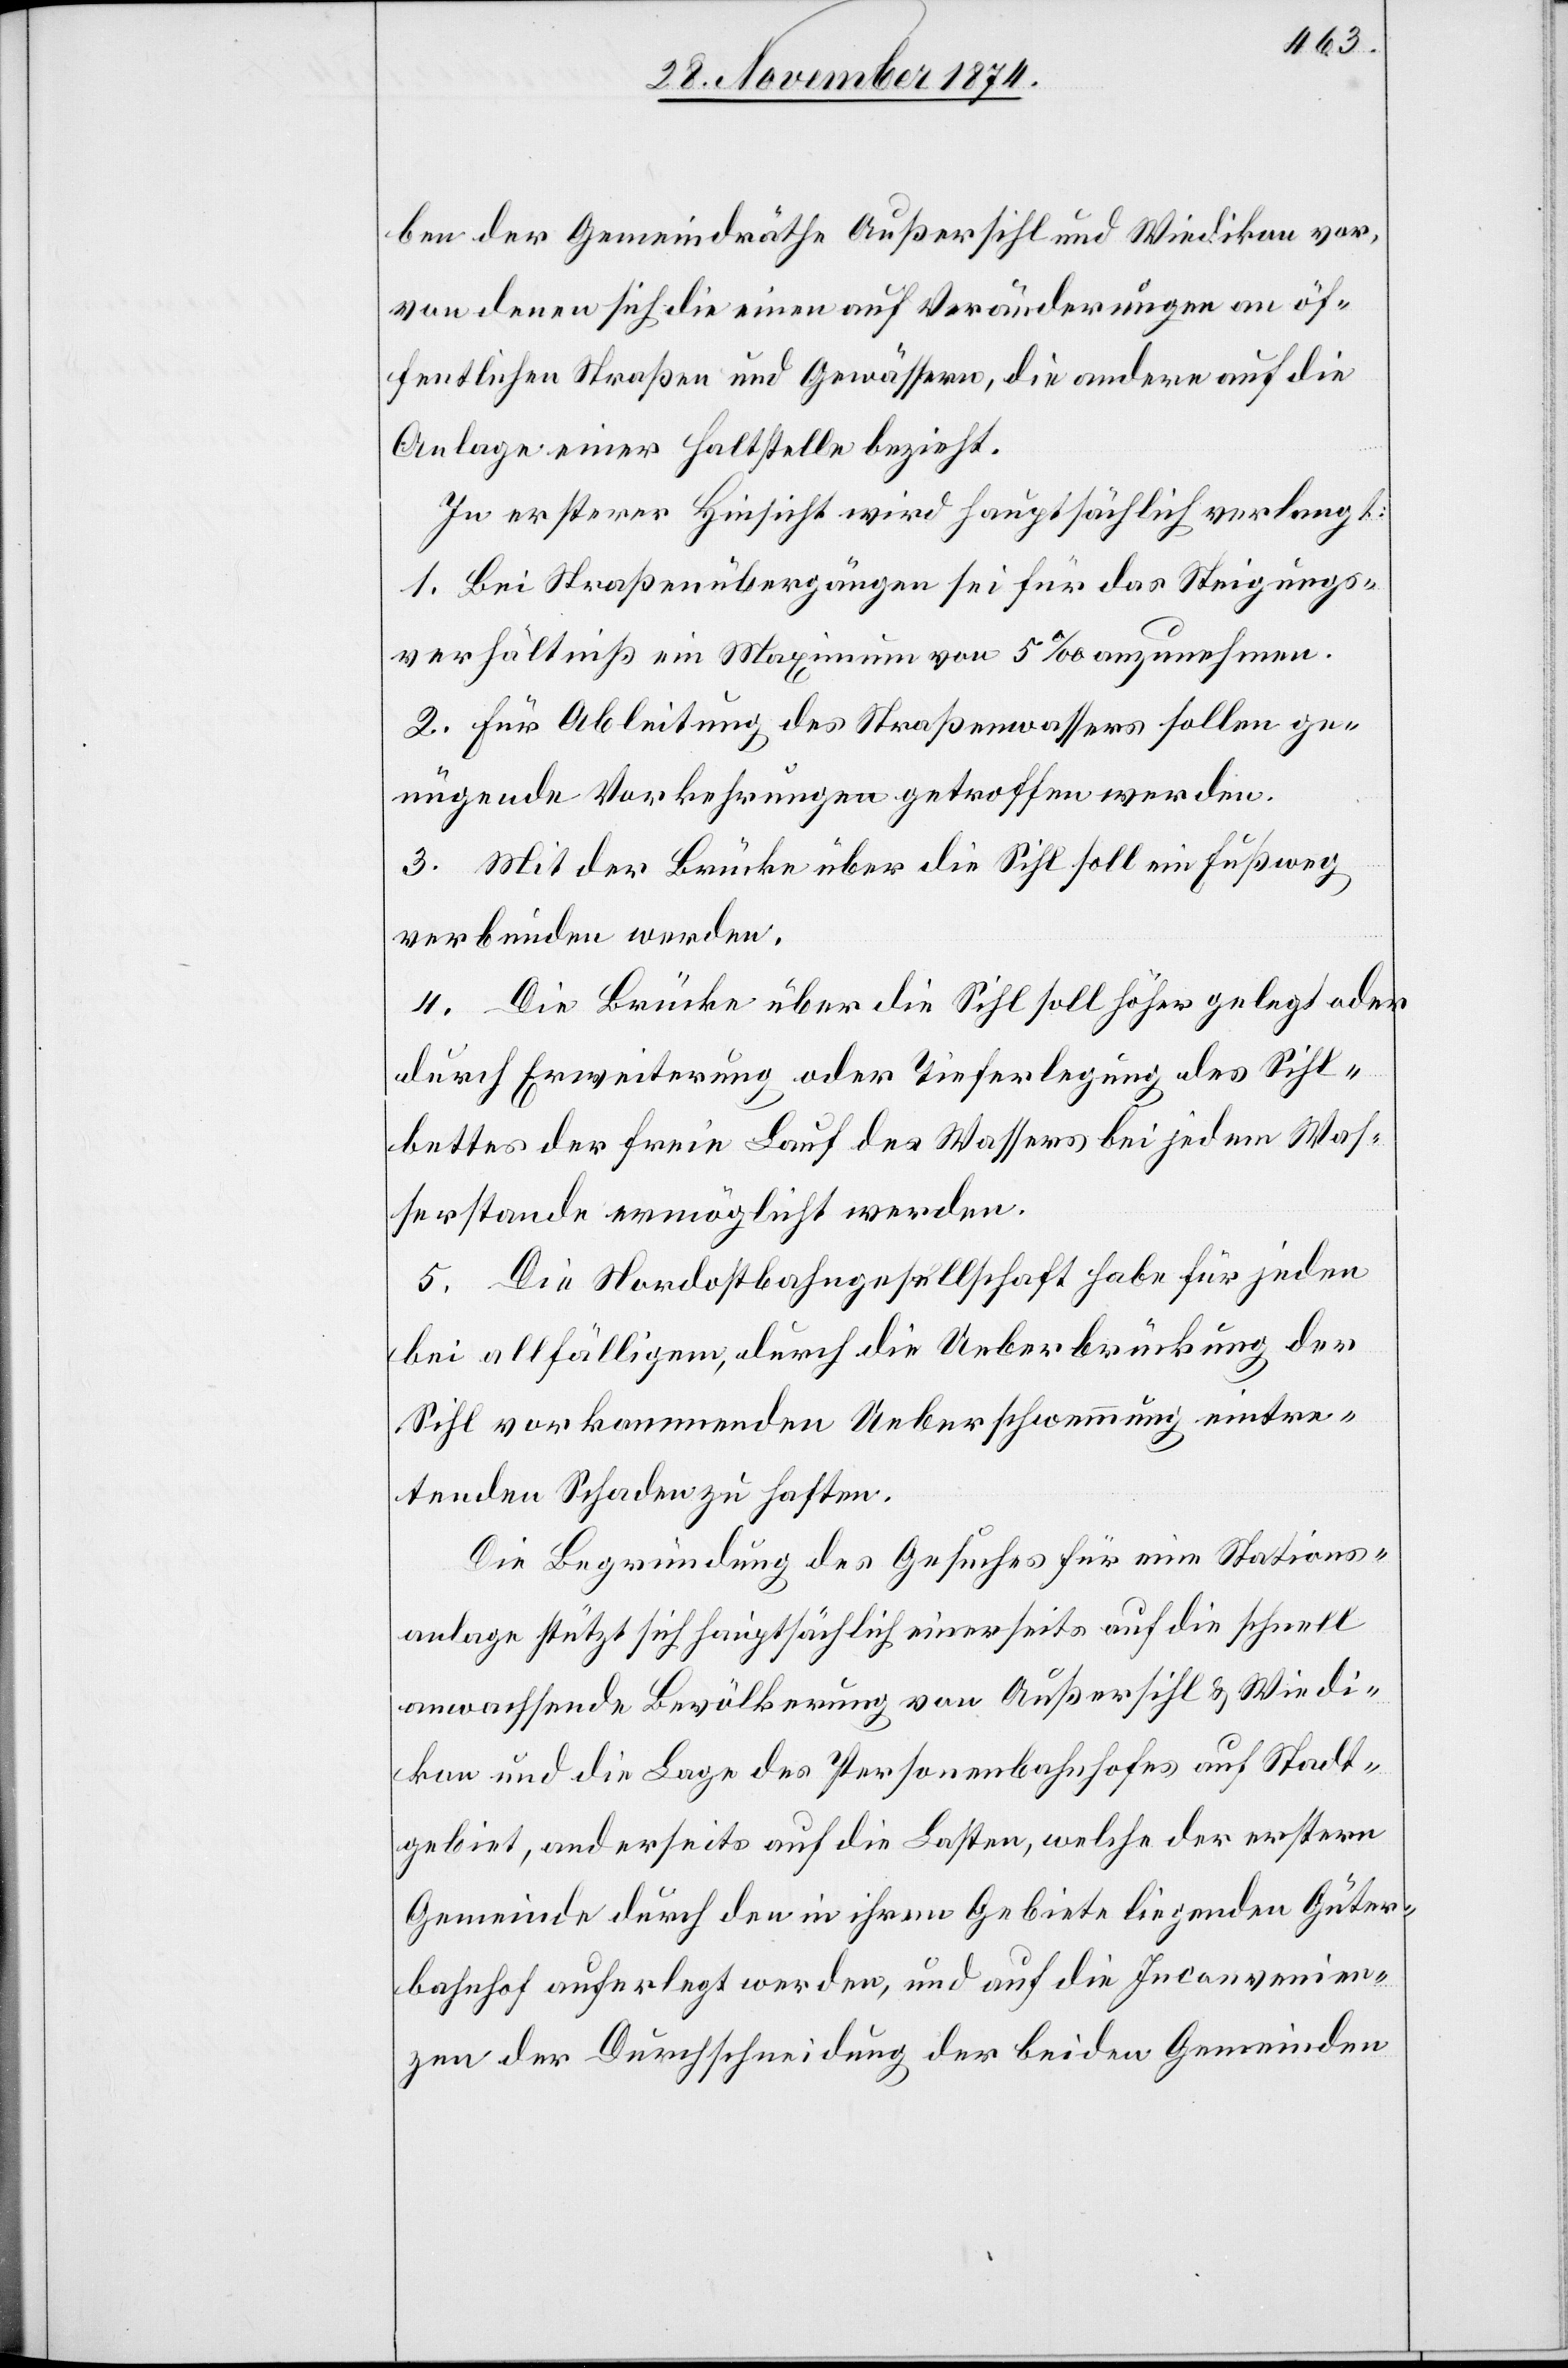
ben der Gemeindräthe Außersihl und Wiedikon vor,
von denen sich die einen auf Veränderungen an öf¬
fentlichen Straßen und Gewässern, die andern auf die
Anlage einer Haltstelle bezieht.
In ersterer Hinsicht wird hauptsächlich verlangt:
1. Bei Straßenübergängen sei für das Steigungs¬
verhältniß ein Maximum von 5‰ anzunehmen.
2. Für Ableitung des Straßenwassers sollen ge¬
nügende Vorkehrungen getroffen werden.
3. Mit der Brücke über die Sihl soll ein Fußweg
verbunden werden.
4. Die Brücke über die Sihl soll höher gelegt oder
durch Erweiterung oder Tieferlegung des Sihl¬
bettes der freie Lauf des Wassers bei jedem Was¬
serstande ermöglicht werden.
5. Die Nordostbahngesellschaft habe für jeden
bei allfälligem, durch die Ueberbrückung der
Sihl vorkommenden Ueberschwemmung eintre¬
tenden Schaden zu haften.
Die Begründung des Gesuches für eine Stations¬
anlage stützt sich hauptsächlich einerseits auf die schnell
anwachsende Bevölkerung von Außersihl & Wiedi¬
kon und die Lage des Personenbahnhofes auf Stadt¬
gebiet, anderseits auf die Lasten, welche der erstern
Gemeinde durch den in ihrem Gebiete liegenden Güter¬
bahnhof auferlegt werden, und auf die Inconvenien¬
zen der Durchschneidung der beiden Gemeinden